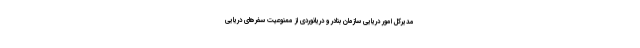
مدیرکل امور دریایی سازمان بنادر و دریانوردی از ممنوعیت سفرهای دریایی